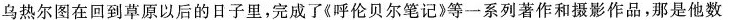
乌热尔图在回到草原以后的日子里，完成了《呼伦贝尔笔记》等一系列著作和摄影作品，那是他数